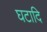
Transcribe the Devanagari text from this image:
घटादि